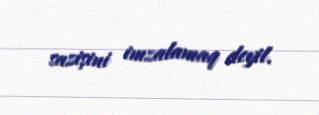
sazişini imzalamaq deyil.